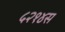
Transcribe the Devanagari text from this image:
५२१४स